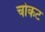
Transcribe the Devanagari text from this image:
चोकट